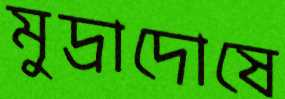
মুদ্রাদোষে